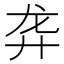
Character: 𱍁